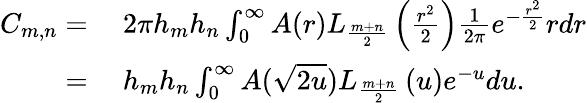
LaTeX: \begin{array}{rl}{C_{m,n}=}&{\ 2\pi h_{m}h_{n}\int_{0}^{\infty}A(r)L_{\frac{m+n}{2}}\left(\frac{r^{2}}{2}\right)\frac{1}{2\pi}e^{-\frac{r^{2}}{2}}rdr}\\ {=}&{\ h_{m}h_{n}\int_{0}^{\infty}A(\sqrt{2u})L_{\frac{m+n}{2}}\left(u\right)e^{-u}du.}\end{array}